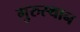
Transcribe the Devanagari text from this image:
गुरुस्थान